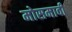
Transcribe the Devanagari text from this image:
मोसमावी